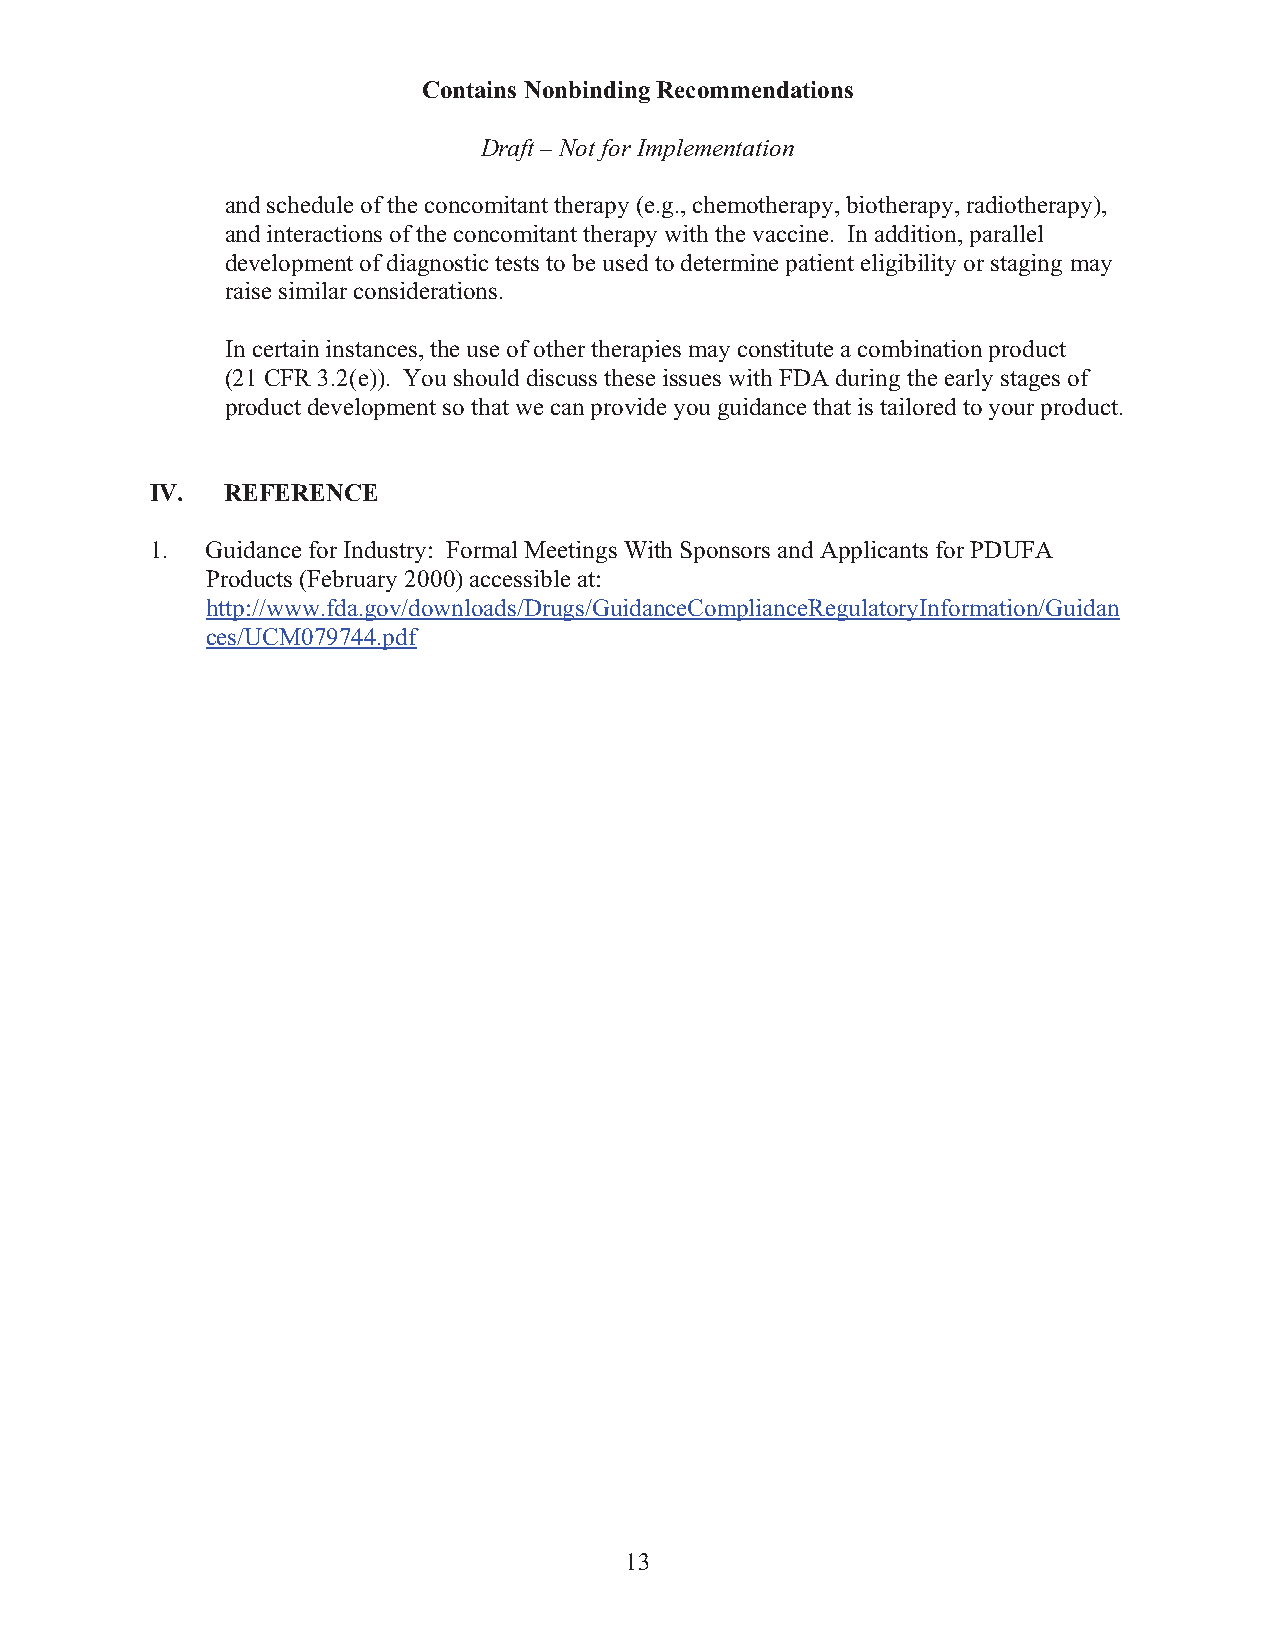
Contains Nonbinding Recommendations
 Draft – Not for Implementation
 and schedule of the concomitant therapy (e.g., chemotherapy, biotherapy, radiotherapy),
 and interactions of the concomitant therapy with the vaccine. In addition, parallel
 development of diagnostic tests to be used to determine patient eligibility or staging may
 raise similar considerations.
 In certain instances, the use of other therapies may constitute a combination product
 (21 CFR 3.2(e)). You should discuss these issues with FDA during the early stages of
 product development so that we can provide you guidance that is tailored to your product.
 IV.  REFERENCE
 1.  Guidance for Industry: Formal Meetings With Sponsors and Applicants for PDUFA
 Products (February 2000) accessible at:
 http://www.fda.gov/downloads/Drugs/GuidanceComplianceRegulatoryInformation/Guidan
 ces/UCM079744.pdf
 13